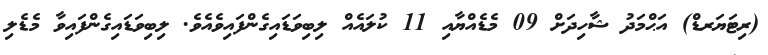
(ރިޓަޔަރޑް) އަޙްމަދު ޝާހިދަށް 09 މެޑެއްޔާއި 11 ކުލައެއް ލިބިވަޑައިގެންފައިވެއެވެ. ލިބިވަޑައިގެންފައިވާ މެޑެލި